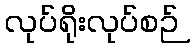
လုပ်ရိုးလုပ်စဉ်